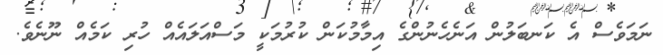
ނަމަވެސް އެ ކަނބަލުން އަނެހެނުންގެ އިމާމުކަން ކުރުމަކީ މަސްއަލައެއް ހުރި ކަމެއް ނޫނެވެ.